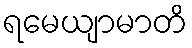
ရမေယျာမာတိ